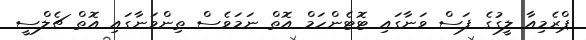
ޕްރެމިއާ ލީގުގެ ފަސް ވަނާގައި ޓޮޓެންހަމް އޮތް ނަމަވެސް ތިންވަނާގައި އޮތް ޗެލްސީ